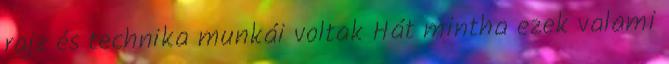
rajz és technika munkái voltak Hát mintha ezek valami